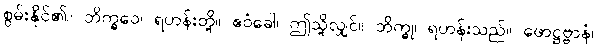
စွမ်းနိုင်၏။ ဘိက္ခဝေ၊ ရဟန်းတို့။ ဧဝံခေါ၊ ဤသို့လျှင်။ ဘိက္ခု၊ ရဟန်းသည်။ ဖောဋ္ဌဗ္ဗာနံ၊